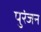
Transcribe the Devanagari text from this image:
पुरंजन